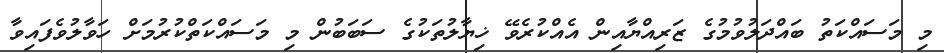
މި މަސައްކަތު ބައްދަލުވުމުގެ ޒަރިއްޔާއިން އެއްކުރެވޭ ޚިޔާލުތަކުގެ ސަބަބުން މި މަސައްކަތްކުރުމަށް ހަވާލުވެފައިވާ